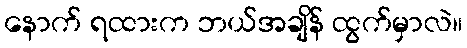
နောက် ရထားက ဘယ်အချိန် ထွက်မှာလဲ။